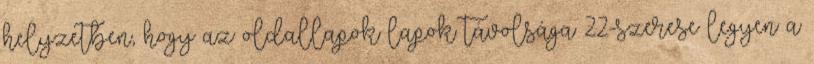
helyzetben, hogy az oldallapok lapok távolsága 22-szerese legyen a